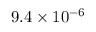
9 . 4 \times 1 0 ^ { - 6 }